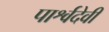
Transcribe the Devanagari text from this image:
पार्श्वदेवी